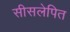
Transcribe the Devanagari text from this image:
सीसलेपित